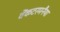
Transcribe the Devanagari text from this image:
वेंकटरमनैया